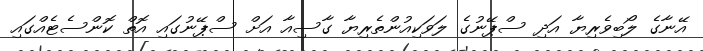
އޭނާގެ ލޯބިވެރިޔާ އަދި ސްޕޭނުގެ ލަވަކިއުންތެރިޔާ ގާސިއާ އަށް ސްޕޭނުގައި އޮތް ކޮންސެޓެއްގައި